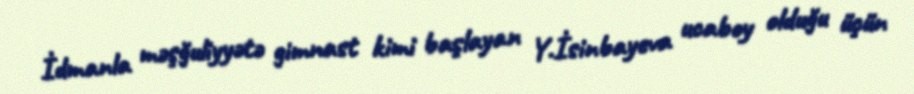
İdmanla məşğuliyyətə gimnast kimi başlayan Y.İsinbayeva ucaboy olduğu üçün